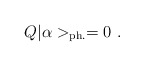
\begin{align*}Q | \alpha >_{{\rm ph.}} = 0~. \end{align*}